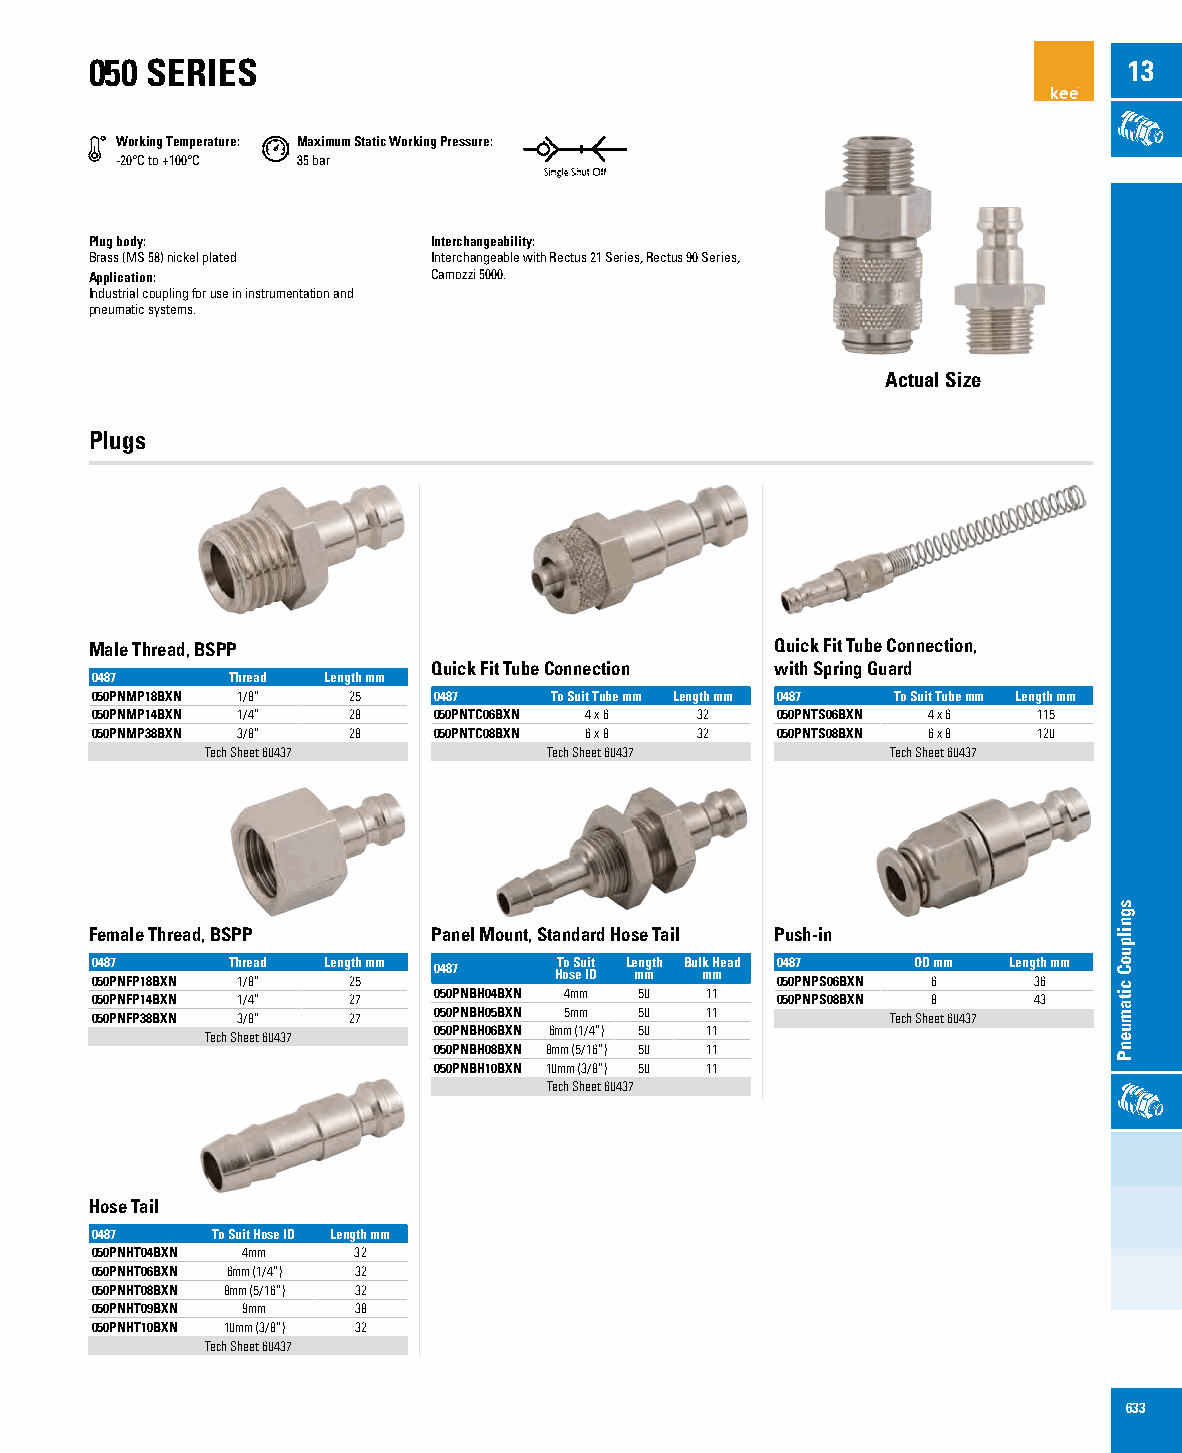
050 SERIES                                                           13
 Working Temperature: Maximum Static Working Pressure:
 -20°C to +100°C 35 bar
 Plug body:             Interchangeability:
 Brass (MS 58) nickel plated Interchangeable with Rectus 21 Series, Rectus 90 Series,
 Application:           Camozzi 5000.
 Industrial coupling for use in instrumentation and
 pneumatic systems.
 Actual Size
 Plugs
 Male Thread, BSPP                            Quick Fit Tube Connection,
 Quick Fit Tube Connection with Spring Guard
 0487     Thread Length mm
 050PNMP18BXN 1/8” 25   0487   To Suit Tube mm Length mm 0487 To Suit Tube mm Length mm
 050PNMP14BXN 1/4” 28   050PNTC06BXN 4 x 6 32 050PNTS06BXN 4 x 6 115
 050PNMP38BXN 3/8” 28   050PNTC08BXN 6 x 8 32 050PNTS08BXN 6 x 8 120
 Tech Sheet 60437      Tech Sheet 60437       Tech Sheet 60437
 Female Thread, BSPP    Panel Mount, Standard Hose Tail Push-in
 0 04 58 07 PNFP18BXN Th 1r /e 8a ”d Leng 2t 5h mm 0487 HT oo s S eu Ii Dt Le mn mgth Bulk m H mead 0 04 58 07 PNPS06BXN OD 6mm Leng 3t 6h mm
 050PNFP14BXN 1/4” 27   050PNBH04BXN 4mm 50 11 050PNPS08BXN 8  43
 050PNFP38BXN 3/8” 27   050PNBH05BXN 5mm 50 11        Tech Sheet 60437
 Tech Sheet 60437 050PNBH06BXN 6mm (1/4”) 50 11
 050PNBH08BXN 8mm (5/16”) 50 11
 050PNBH10BXN 10mm (3/8”) 50 11
 Tech Sheet 60437
 Hose Tail
 0487    To Suit Hose ID Length mm
 050PNHT04BXN 4mm 32
 050PNHT06BXN 6mm (1/4”) 32
 050PNHT08BXN 8mm (5/16”) 32
 050PNHT09BXN 9mm 38
 050PNHT10BXN 10mm (3/8”) 32
 Tech Sheet 60437
 633
 sgnilpuoC
 citamuenP